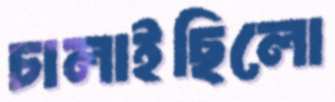
চালাইছিলো